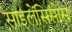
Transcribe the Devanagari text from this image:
साइलेंसिसोस